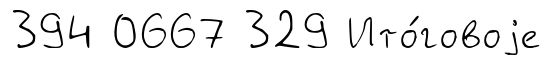
394 0667 329 Ито́говоjе